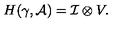
H ( \gamma , { \cal A } ) = { \cal { I } } \otimes V .